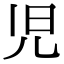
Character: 児